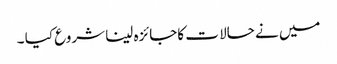
میں نے حالا ت کاجائزہ لینا شروع کیا ۔